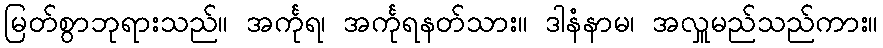
မြတ်စွာဘုရားသည်။ အင်္ကုရ၊ အင်္ကုရနတ်သား။ ဒါနံနာမ၊ အလှူမည်သည်ကား။